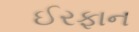
ઈરફાન